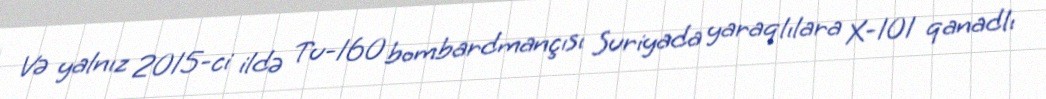
Və yalnız 2015-ci ildə Tu-160 bombardmançısı Suriyada yaraqlılara X-101 qanadlı